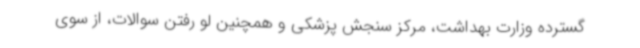
گسترده وزارت بهداشت، مرکز سنجش پزشکی و همچنین لو رفتن سوالات، از سوی